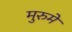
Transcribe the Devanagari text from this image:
मुरुमे